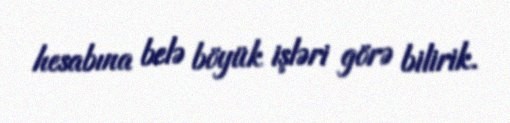
hesabına belə böyük işləri görə bilirik.